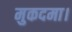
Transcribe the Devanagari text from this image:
मुकदमा।